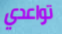
تواعدي